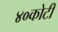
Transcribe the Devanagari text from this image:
४०कोटी